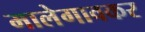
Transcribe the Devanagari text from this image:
मालेगावकर